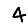
Digit: 4